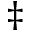
\ddag